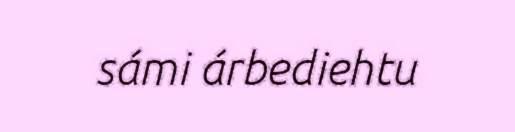
sámi árbediehtu